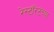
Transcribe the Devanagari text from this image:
रेस्टॉरंटच्या